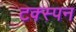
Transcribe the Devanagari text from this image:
टक्स्पन